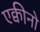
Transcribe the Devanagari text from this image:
एक्वीनो